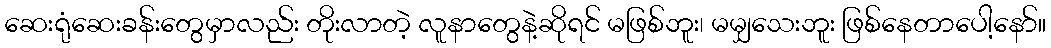
ဆေးရုံဆေးခန်းတွေမှာလည်း တိုးလာတဲ့ လူနာတွေနဲ့ဆိုရင် မဖြစ်ဘူး၊ မမျှသေးဘူး ဖြစ်နေတာပေါ့နော်။